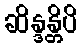
ဆိန္ဒန္တိပိ